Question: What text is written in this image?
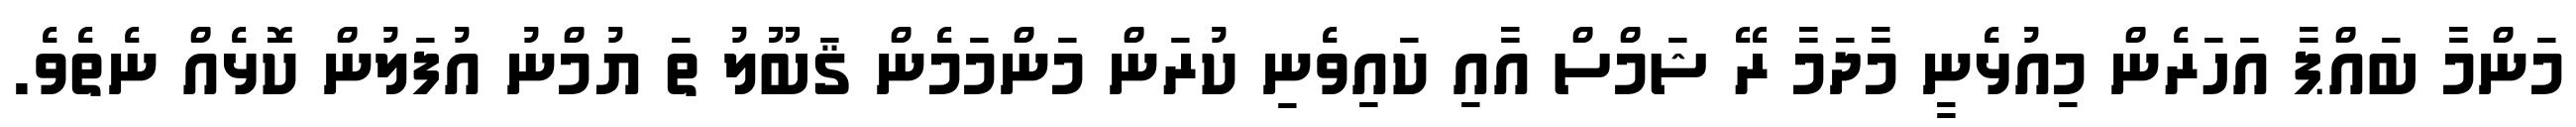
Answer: މަންމާ ބައްޕާ އަހަރެން މިއުޅެނީ މާދަމާ ރޭ ޝަމްސް އާއި ކައިވެނި ކުރަން މަންމަމެން ޤަބޫލު ތަ ޔުމްނު އުފަލުން ކޮޅެއް ނެތެވެ.